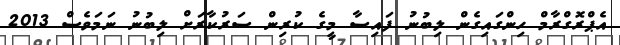
އެޕްރޮގްރާމް ހިންގައިގެން ލިބުނު ފައިސާ މީގެ ކުރިން ސަރުކާރަށް ލިބުނު ނަމަވެސް 2013